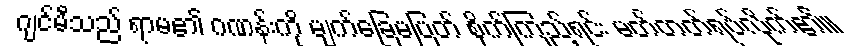
ဂျင်မီသည် ရာမ၏ ဂဏန်းကို မျက်ခြေမပြတ် စိုက်ကြည့်ရင်း မတ်တတ်ရပ်လိုက်၏။